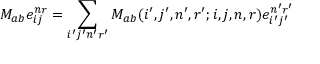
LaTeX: M _ { a b } e _ { i j } ^ { n r } = \sum _ { i ^ { \prime } j ^ { \prime } n ^ { \prime } r ^ { \prime } } M _ { a b } ( i ^ { \prime } , j ^ { \prime } , n ^ { \prime } , r ^ { \prime } ; i , j , n , r ) e _ { i ^ { \prime } j ^ { \prime } } ^ { n ^ { \prime } r ^ { \prime } }